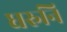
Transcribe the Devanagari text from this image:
धरुनि